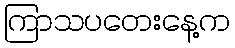
ကြာသပတေးနေ့က